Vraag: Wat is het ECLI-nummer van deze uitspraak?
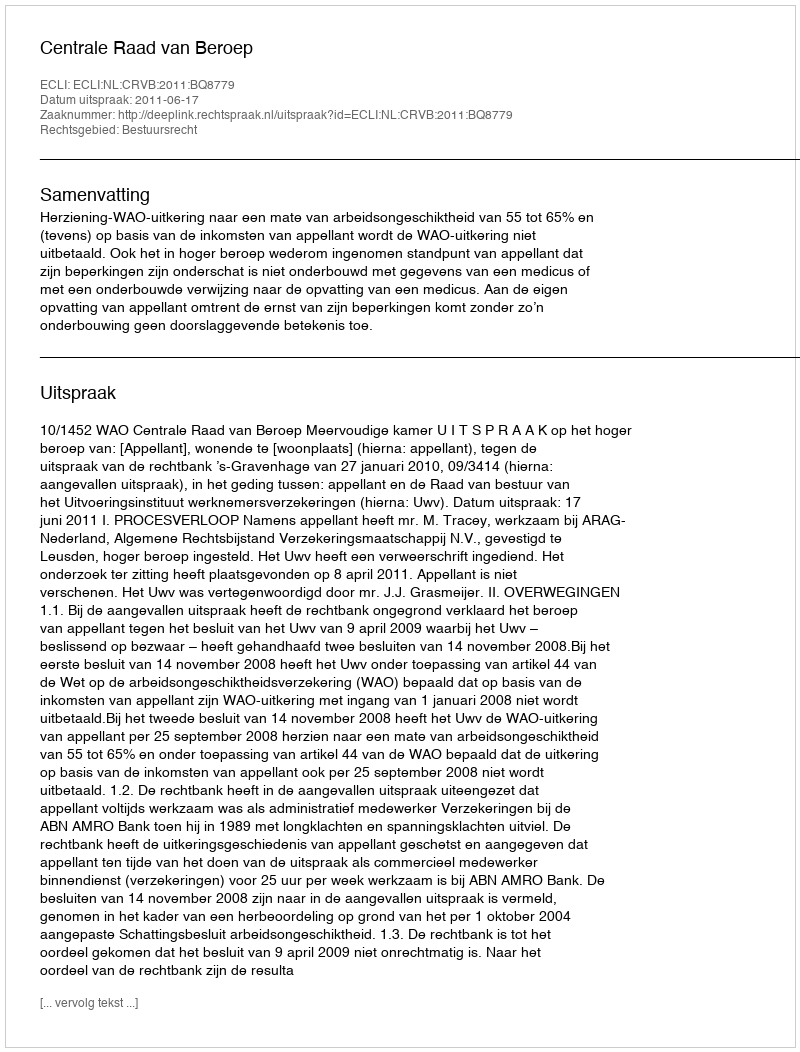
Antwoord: ECLI:NL:CRVB:2011:BQ8779